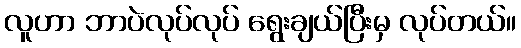
လူဟာ ဘာပဲလုပ်လုပ် ရွေးချယ်ပြီးမှ လုပ်တယ်။